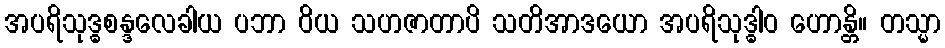
အပရိသုဒ္ဓစန္ဒလေခါယ ပဘာ ဝိယ သဟဇာတာပိ သတိအာဒယော အပရိသုဒ္ဓါဝ ဟောန္တိ။ တသ္မာ